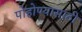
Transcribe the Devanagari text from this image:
पोहोण्यासाठी